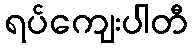
ရပ်ကျေးပါတီ